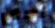
نحفر